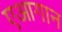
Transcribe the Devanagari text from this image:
एआगान